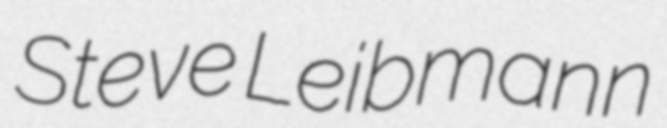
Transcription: Steve Leibmann